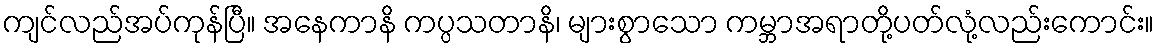
ကျင်လည်အပ်ကုန်ပြီ။ အနေကာနိ ကပ္ပသတာနိ၊ များစွာသော ကမ္ဘာအရာတို့ပတ်လုံ့လည်းကောင်း။